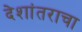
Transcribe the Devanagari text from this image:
देशांतराचा